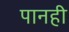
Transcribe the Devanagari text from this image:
पानही